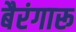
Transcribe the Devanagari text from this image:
बैरंगारू